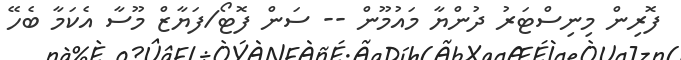
ފޮރިން މިނިސްޓަރު ދުންޔާ މައުމޫން -- ސަން ފޮޓޯ/ފަޔާޒް މޫސާ އެކަމާ ބެހޭ